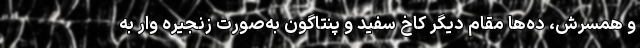
و همسرش، ده‌ها مقام دیگر کاخ سفید و پنتاگون به‌صورت زنجیره وار به